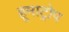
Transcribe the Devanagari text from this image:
हूमाट्रोप